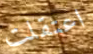
اعتقلت